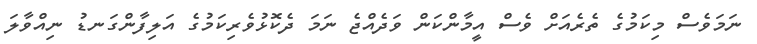
ނަމަވެސް މިކަމުގެ ތެރެއަށް ވެސް އީމާންކަން ވަދެއްޖެ ނަމަ ދެކޮޅުވެރިކަމުގެ އަލިފާންގަނޑު ނިއްވާލަ